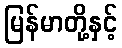
မြန်မာတို့နှင့်